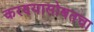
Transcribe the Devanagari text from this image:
करण्यासोबतचा